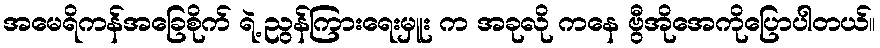
အမေရိကန်အခြေစိုက် ရဲ့ ညွန်ကြားရေးမှူး က အခုလို ကနေ ဗွီအိုအေကိုပြောပါတယ်။